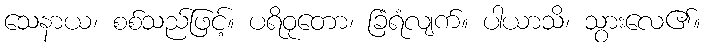
သေနာယ၊ စစ်သည်ဖြင့်။ ပရိဝုတော၊ ခြံရံလျက်။ ပါယာသိ၊ သွားလေ၏။